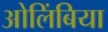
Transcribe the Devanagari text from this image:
ओलिंबिया